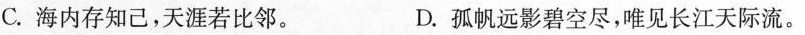
C.海内存知己，天涯若比邻。 D.孤帆远影碧空尽，唯见长江天际流。